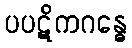
ပပဋိကဂန္ဓေ